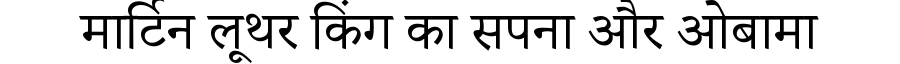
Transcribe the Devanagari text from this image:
मार्टिन लूथर किंग का सपना और ओबामा